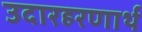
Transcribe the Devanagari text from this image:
उदारहरणार्थ